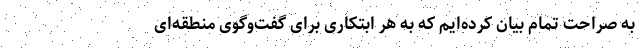
به صراحت تمام بیان کرده‌ایم که به هر ابتکاری برای گفت‌وگوی منطقه‌ای